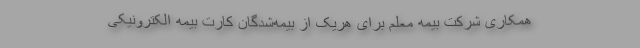
همکاری شرکت بیمه معلم برای هریک از بیمه‌شدگان کارت بیمه الکترونیکی